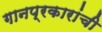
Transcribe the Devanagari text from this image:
गानप्रकारांची